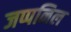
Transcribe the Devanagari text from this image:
जप्पनिल